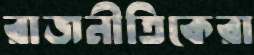
রাজনীতিকেরা